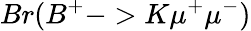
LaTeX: Br(B^{+}->K\mu^{+}\mu^{-})